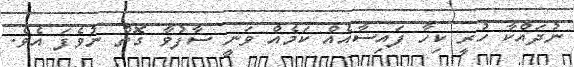
ނުދައްކާ ހުރީ ކިހާ ފައިސާއެއް ކަމެއް ވަނީ ސާފުވާ ގޮތް ނުވެފަ އެވެ.